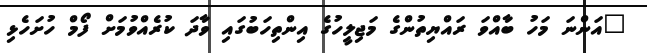
"އަންނަ މަހު ބާއްވަ ރައްޔިތުންގެ މަޖިލީހުގެ އިންތިހަބުގައި ވާދަ ކުރެއްވުމަށް ފޯމް ހުށަހެޅި